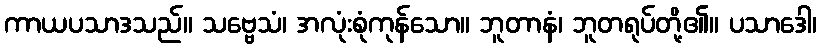
ကာယပသာဒသည်။ သဗ္ဗေသံ၊ အလုံးစုံကုန်သော။ ဘူတာနံ၊ ဘူတရုပ်တို့၏။ ပသာဒေါ၊